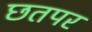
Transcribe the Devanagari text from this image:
छतपर